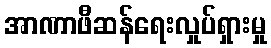
အာဏာဖီဆန်ရေးလှုပ်ရှားမှု